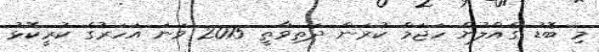
މި ބޮޑު ގެއްލުން ހަޖަމް ކުރަން ދަތިވާތީ 2015 ވަނަ އަހަރުގެ ކުރީކޮޅު